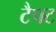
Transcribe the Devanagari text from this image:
टैपट